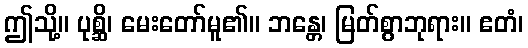
ဤသို့။ ပုစ္ဆိ၊ မေးတော်မူ၏။ ဘန္တေ၊ မြတ်စွာဘုရား။ ဧတံ၊